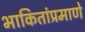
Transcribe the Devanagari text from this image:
भाकितांप्रमाणे